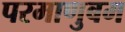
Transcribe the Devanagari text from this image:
परमाणुबम